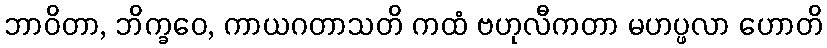
ဘာဝိတာ, ဘိက္ခဝေ, ကာယဂတာသတိ ကထံ ဗဟုလီကတာ မဟပ္ဖလာ ဟောတိ